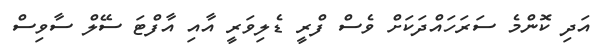
އަދި ކޮންމެ ސަރަހައްދަކަށް ވެސް ފްރީ ޑެލިވަރީ އާއި އާފްޓަ ސޭލް ސާވިސް